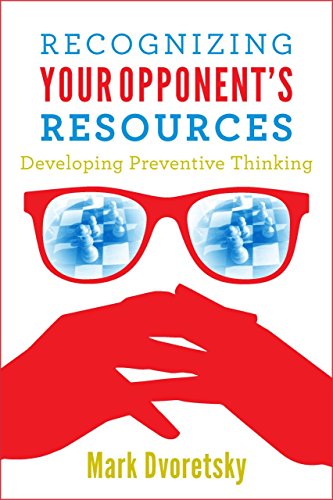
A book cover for Recognizing Your Opponent's Resources: Developing Preventive Thinking; Mark Dvoretsky; Humor & Entertainment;